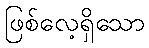
ဖြစ်လေ့ရှိသော